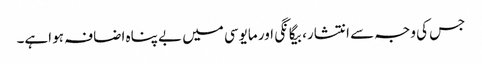
جس کی وجہ سے انتشار، بیگانگی اور مایوسی میں بے پناہ اضافہ ہو اہے۔